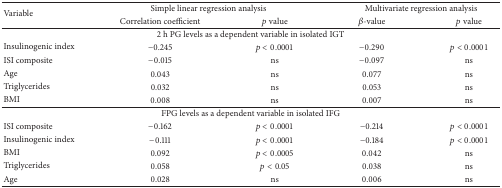
<table><thead><tr><td rowspan="2"><b>Variable</b></td><td colspan="2"><b>Simple linear regression analysis</b></td><td colspan="2"><b>Multivariate regression analysis</b></td></tr><tr><td><b>Correlation coefficient</b></td><td><b><i>p</i> value</b></td><td><b><i>β</i>-value</b></td><td><b><i>p</i> value</b></td></tr></thead><tbody><tr><td colspan="5">2 h PG levels as a dependent variable in isolated IGT</td></tr><tr><td>Insulinogenic index </td><td>−0.245</td><td><i>p</i> &lt; 0.0001</td><td>−0.290</td><td><i>p</i> &lt; 0.0001</td></tr><tr><td>ISI composite</td><td>−0.015</td><td>ns</td><td>−0.097</td><td>ns</td></tr><tr><td>Age </td><td>0.043</td><td>ns</td><td>0.077</td><td>ns</td></tr><tr><td>Triglycerides</td><td>0.032</td><td>ns</td><td>0.053</td><td>ns</td></tr><tr><td>BMI</td><td>0.008</td><td>ns</td><td>0.007</td><td>ns</td></tr><tr><td colspan="5">FPG levels as a dependent variable in isolated IFG</td></tr><tr><td>ISI composite</td><td>−0.162</td><td><i>p</i> &lt; 0.0001</td><td>−0.214</td><td><i>p</i> &lt; 0.0001</td></tr><tr><td>Insulinogenic index</td><td>−0.111</td><td><i>p</i> &lt; 0.0001</td><td>−0.184</td><td><i>p</i> &lt; 0.0001</td></tr><tr><td>BMI </td><td>0.092</td><td><i>p</i> &lt; 0.0005</td><td>0.042</td><td>ns</td></tr><tr><td>Triglycerides</td><td>0.058</td><td><i>p</i> &lt; 0.05</td><td>0.038</td><td>ns</td></tr><tr><td>Age</td><td>0.028</td><td>ns</td><td>0.006</td><td>ns</td></tr></tbody></table>